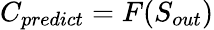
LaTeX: C_{predict}=F(S_{out})